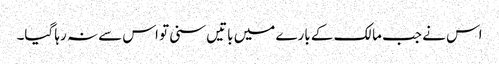
اس نے جب مالک کے بارے میں باتیں سنی تو اس سے نہ رہا گیا۔